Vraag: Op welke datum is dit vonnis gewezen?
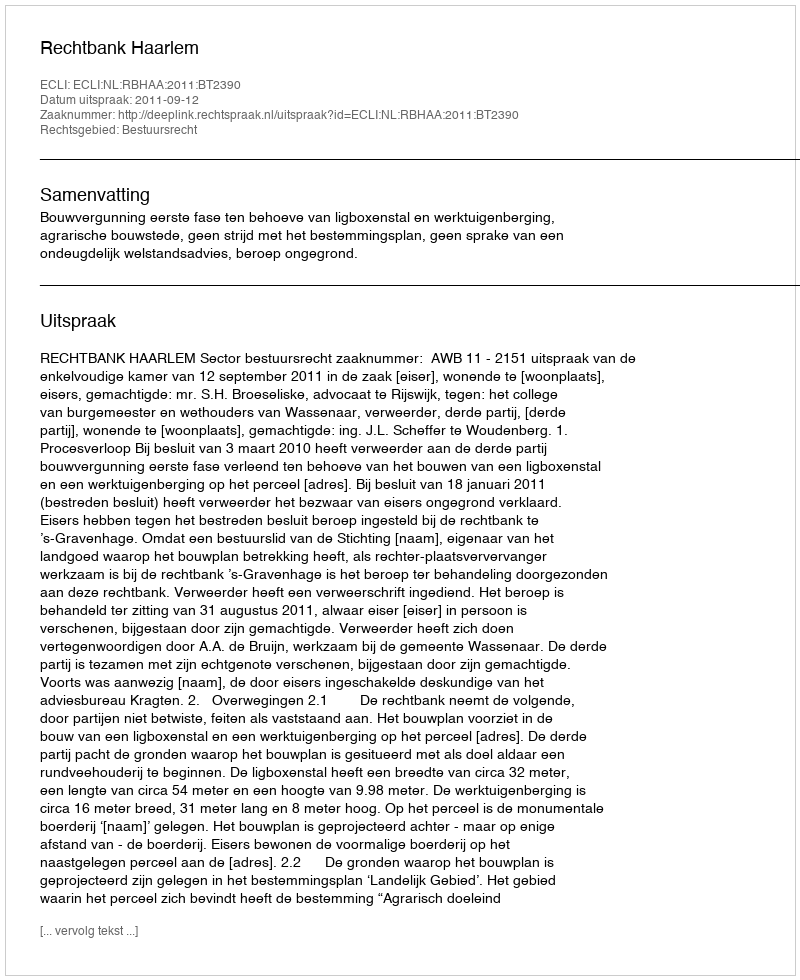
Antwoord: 2011-09-12